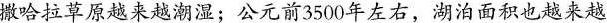
撒哈拉草原越来越潮湿；公元前3500年左右，湖泊面积也越来越